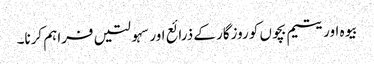
بیوہ اور یتیم بچوں کو روزگار کے ذرائع اور سہولتیں فراہم کرنا۔